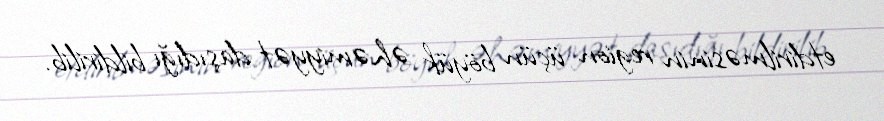
etdirilməsinin region üçün böyük əhəmiyyət daşıdığı bildirilib.